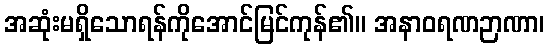
အဆုံးမရှိသောရန်ကိုအောင်မြင်ကုန်၏။ အနာဝရဏဉာဏာ၊